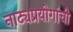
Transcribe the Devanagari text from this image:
नाट्यप्रयोगांची